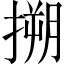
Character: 搠